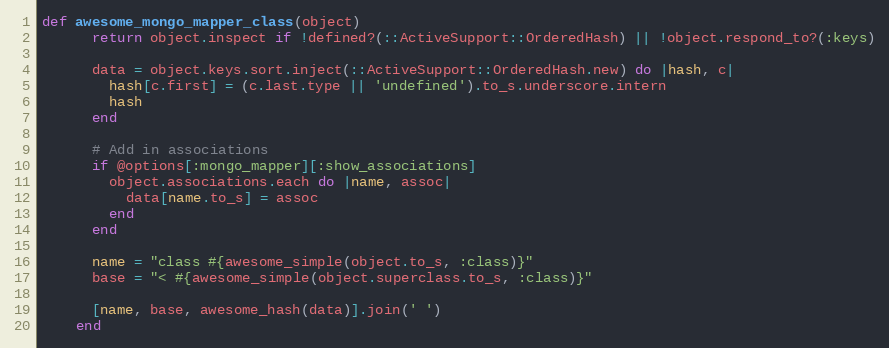
Language: Ruby
def awesome_mongo_mapper_class(object)
      return object.inspect if !defined?(::ActiveSupport::OrderedHash) || !object.respond_to?(:keys)

      data = object.keys.sort.inject(::ActiveSupport::OrderedHash.new) do |hash, c|
        hash[c.first] = (c.last.type || 'undefined').to_s.underscore.intern
        hash
      end

      # Add in associations
      if @options[:mongo_mapper][:show_associations]
        object.associations.each do |name, assoc|
          data[name.to_s] = assoc
        end
      end

      name = "class #{awesome_simple(object.to_s, :class)}"
      base = "< #{awesome_simple(object.superclass.to_s, :class)}"

      [name, base, awesome_hash(data)].join(' ')
    end